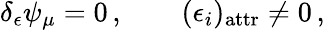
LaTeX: \delta_{\epsilon}\psi_{\mu}=0\, ,\qquad(\epsilon_{i})_{\mathrm{attr}}\neq 0\, ,